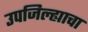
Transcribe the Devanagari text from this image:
उपजिल्ह्याचा